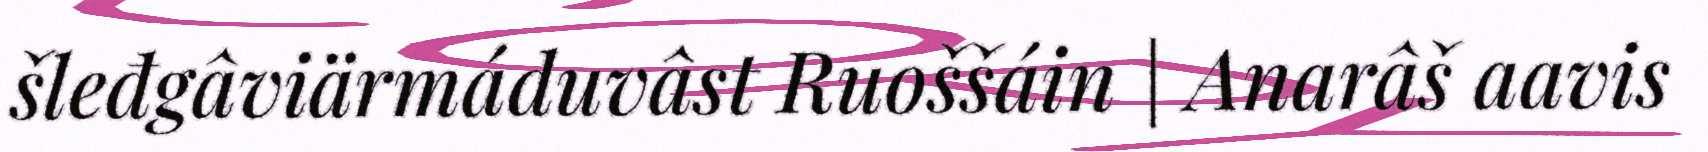
šleđgâviärmáduvâst Ruoššáin | Anarâš aavis